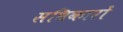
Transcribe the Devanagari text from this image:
सधिकारों